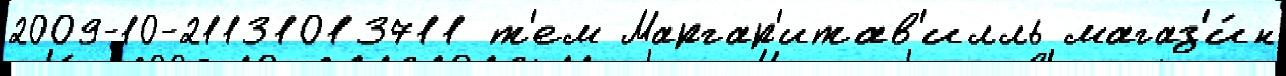
2009-10-21131013711 т'ем Маргар'итав'илль магаз'и́н